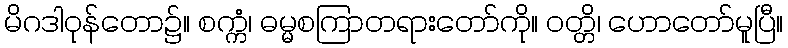
မိဂဒါဝုန်တော၌။ စက္ကံ၊ ဓမ္မစကြာတရားတော်ကို။ ဝတ္တိ၊ ဟောတော်မူပြီ။